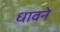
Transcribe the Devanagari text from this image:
धावने